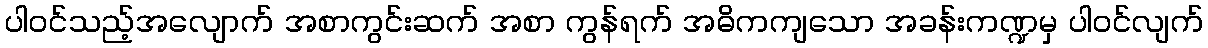
ပါဝင်သည့်အလျောက် အစာကွင်းဆက် အစာ ကွန်ရက် အဓိကကျသော အခန်းကဏ္ဍမှ ပါဝင်လျက်